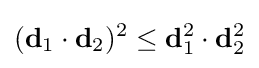
(\mathbf {d} _{1}\cdot \mathbf {d} _{2})^{2}\leq \mathbf {d} _{1}^{2}\cdot \mathbf {d} _{2}^{2}